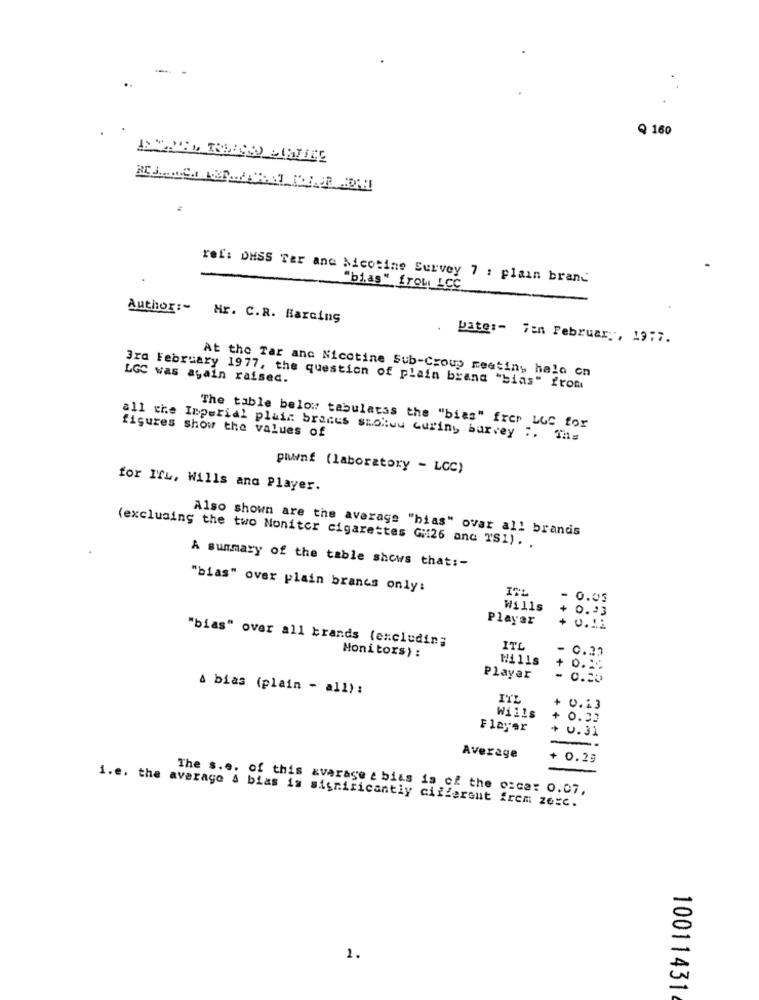
-
Q 160
ref: DHSS Ter ana Nicotine Survey 7 : plain brand
"bias" frou LCC
Author :-
Mr. C.R. Barcing
.
bate :- 7en February, 19:7.
At the Tar ana Nicotine Sub-Croup meeting halo on
LGC was again raised.
3rd February 1977, the question of plain brana "bias" from
The table below tabulatss the "bias" frer LGC for
figures show the values of
all the Imperial plain braces stolvu curing burvey :. The
pwwwwnf (laboratory - LCC)
for ITL, Wills and Player.
Also shown are the average "hias" ovar all brands
(excluding the two Noniter cigarettes Gu:26 and TSI) .
A summary of the table shows that :-
"bias" over plain branes only:
ITL
Wills
+ 0.43
Player
+ 1
"bias" over all brands (excludin;
ITL
- C.23
Monitors) :
Hills
+ 0 ...
Playar
- 0.20
4 bias (plain - all) :
ITL
Wills
+ 0.23
+ 0.32
Flayer
+ 0.31
-.
Average
+ 0.29
The s.e. of this average e bias is of the c=ca: 0.07.
i.e. the average & bias is significantly cifferent frem zere.
1.
10011431